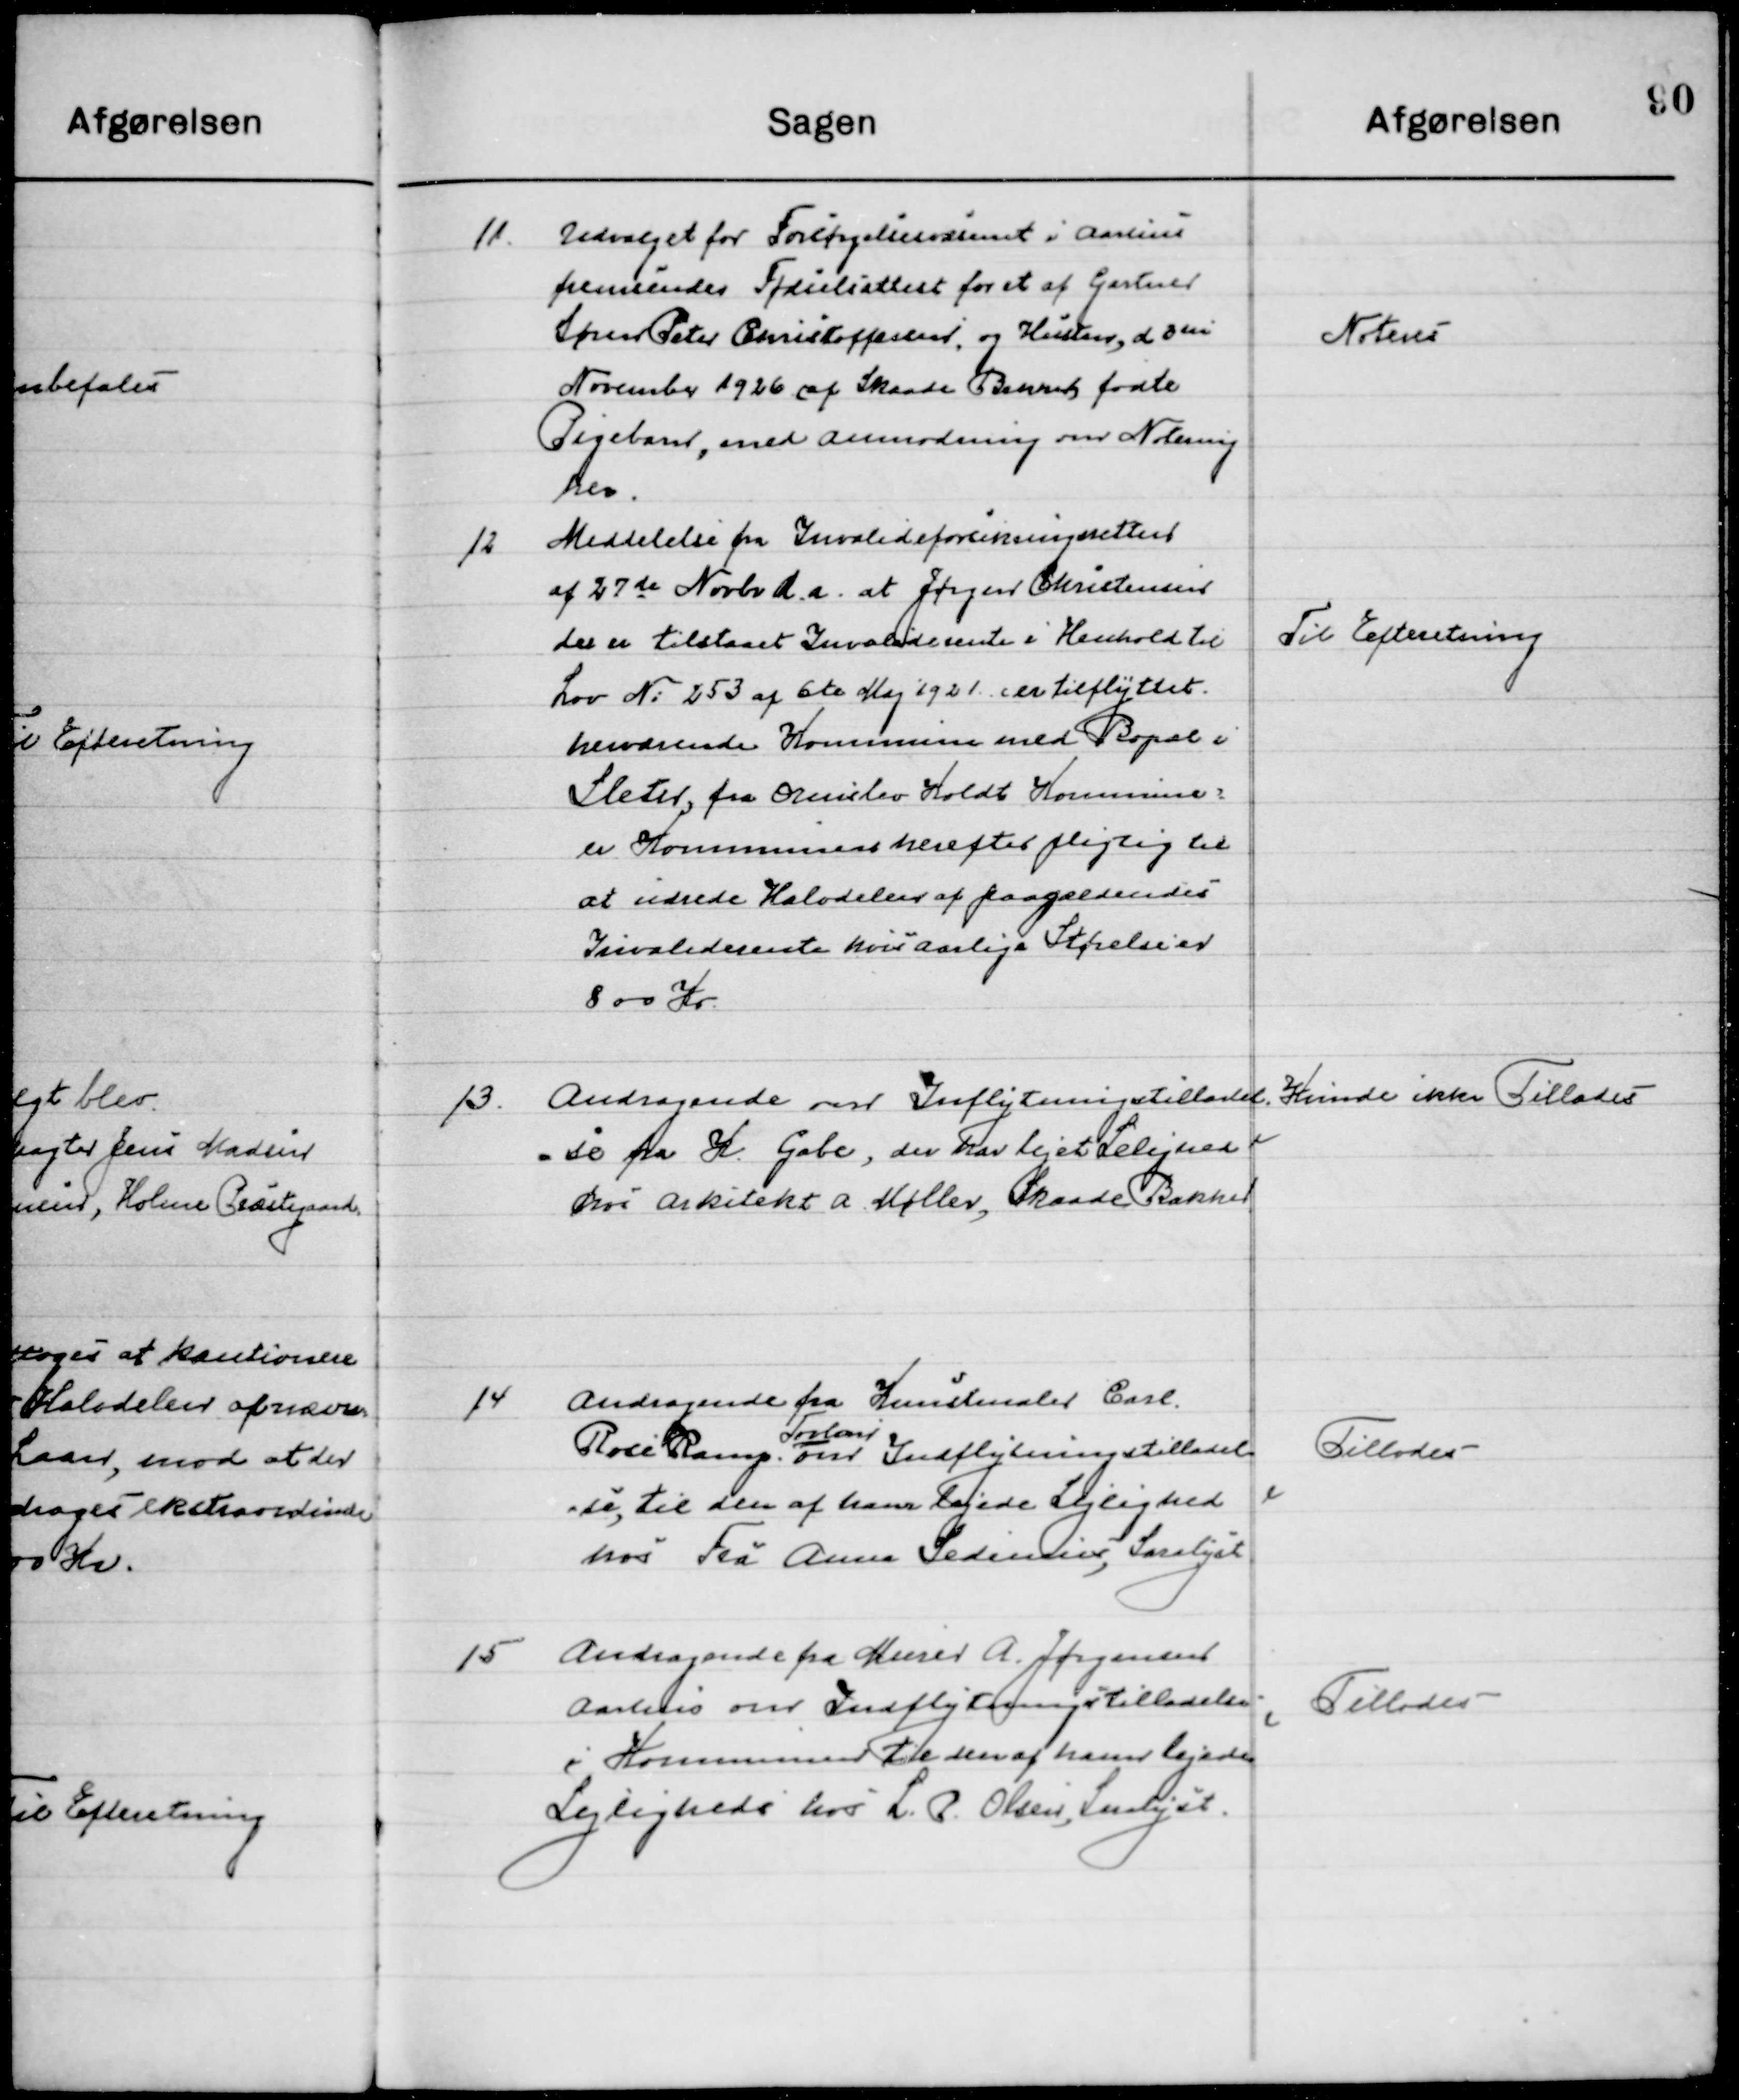
Transskription:
11

Udvalget for Forsørgelsesvæsenet i Aarhus
fremsender Fødselsattest af et af Gartner
Søren Peter Christoffersen, og Hustru, d. 3die
November 1926 af Skaade Bakker fødte
Pigebarn, med anmodning om Notering 
her.

Noteres

12

Meddelelse fra Invalideforsikringsvæsenet
af 27de Novbr. d. a. at Jørgen Christensen 
der er tilstaaet Invaliderente i Henhold til
Lov No. 253 af 6te Maj 1921 er tilflyttet
Herværende Kommune med Bopæl i 
Sletter, fra Ormslev Koldt Kommune
er Kommunen herefter forpligtet til 
at udrede Halvdelen af paagældens  
Invalide rente hvis Aarlige Størrelse er 
800 Kr.

Til Efterretning

13

Andragende om Indflytningstilladel-
se fra H. Gabe, der har lejet Lejlighed
hos Arkitekt A. Møller, Skaade Bakker

Kunde ikke Tillades

14

Andragende fra Kunstmaler Carl 
Rode Kamp,
Forlev
om Indflytningstilladel-
se til den af hans lejede Lejlighed
hos fru Anna Sedemadier, Saralyst

Tillodes

15

Andragende fra Meiner A. Jørgensen
Aarhus om Indflytningstilladelse 
i Kommunen til den af hans lejede 
Lejlighed hos L. P. Olsen, Saralyst

Tillodes